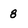
Character: 8